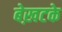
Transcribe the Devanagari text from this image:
बेख़टके